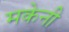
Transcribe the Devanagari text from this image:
मकेनी